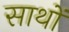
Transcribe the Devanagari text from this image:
साथों